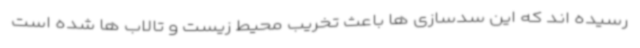
رسیده اند که این سدسازی ها باعث تخریب محیط زیست و تالاب ها شده است